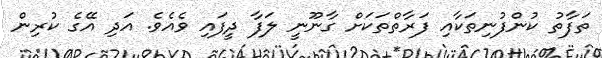
ތަފާތު ކުންފުނިތަކާއި ފަރާތްތަކަށް ގާނޫނީ ލަފާ ދީފައި ވެއެވެ. އަދި އޭގެ ކުރިން